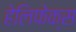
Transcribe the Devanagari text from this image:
हेलिफेक्स